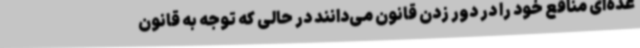
عده‌ای منافع خود را در دور زدن قانون می‌دانند در حالی که توجه به قانون